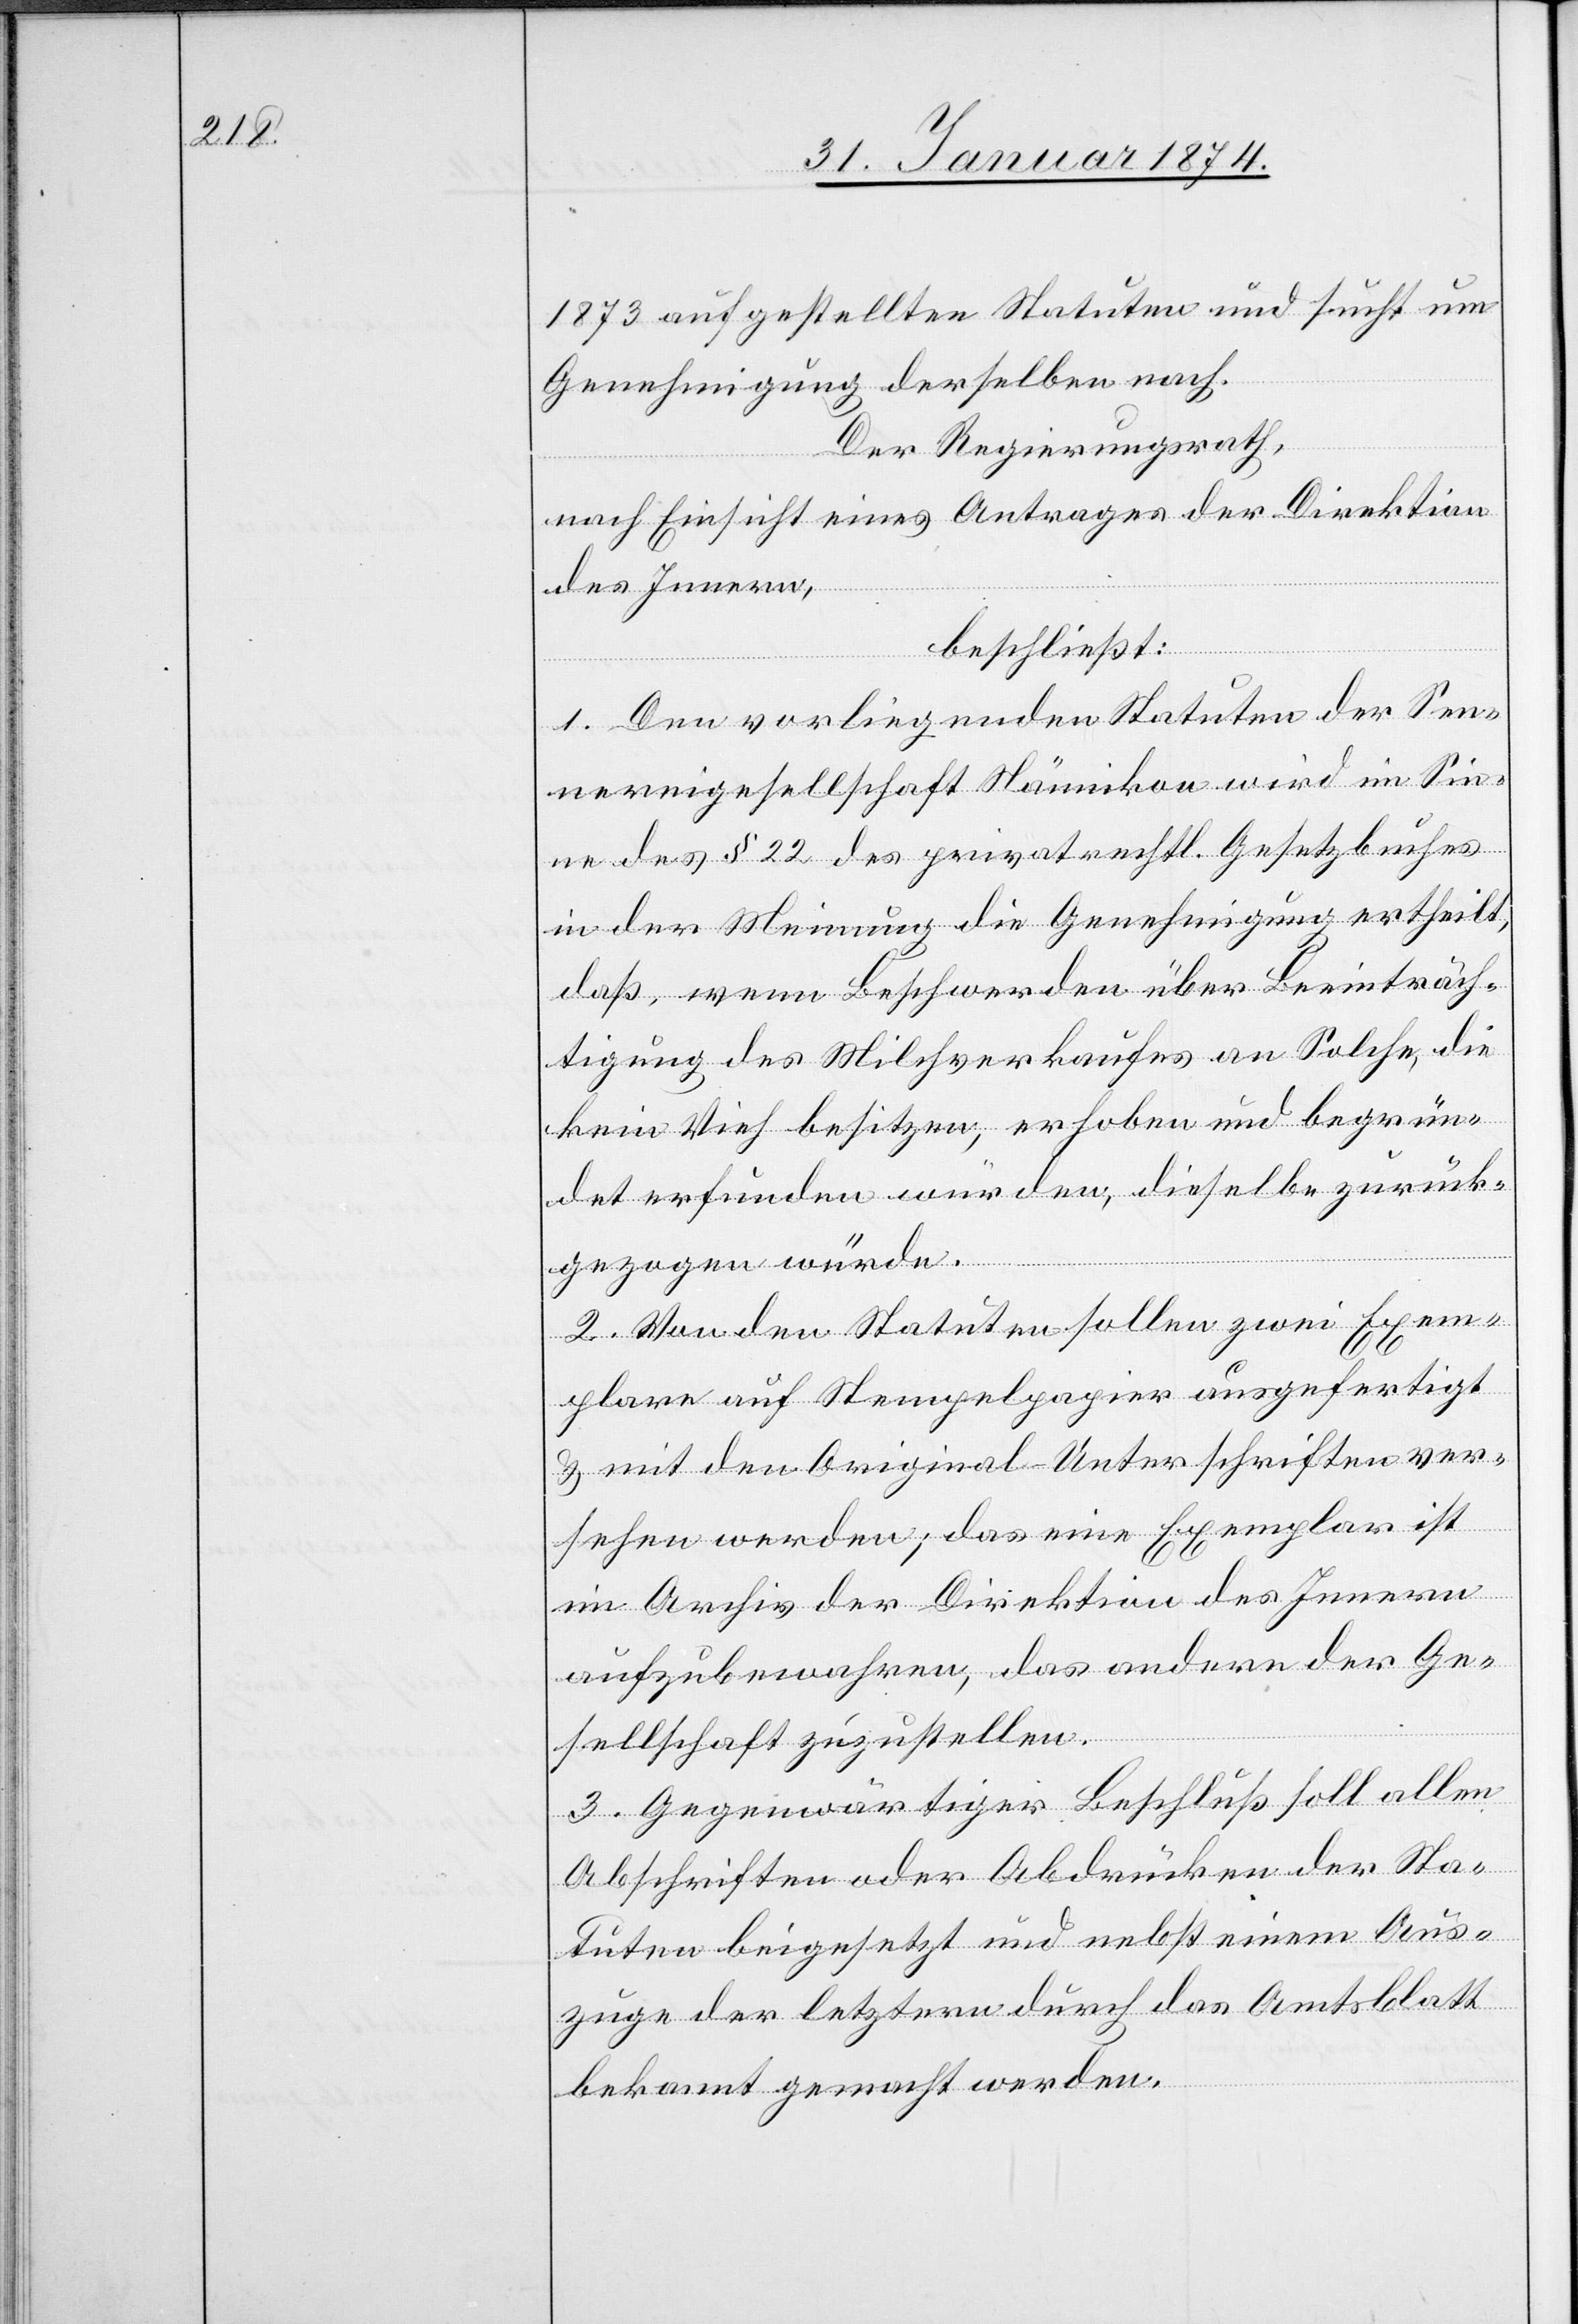
1873 aufgestellten Statuten und sucht um
Genehmigung derselben nach.
Der Regierungsrath,
nach Einsicht eines Antrages der Direktion
des Innern,
beschließt:
1. Den vorliegenden Statuten der Sen¬
nereigesellschaft Nänikon wird im Sin¬
ne des § 22 des privatrechtl. Gesetzbuches
in der Meinung die Genehmigung ertheilt,
daß, wenn Beschwerden über Beeinträch¬
tigung des Milchverkaufes an Solche, die
kein Vieh besitzen, erhoben und begrün¬
det erfunden würden, dieselbe zurück¬
gezogen würde.
2. Von den Statuten sollen zwei Exem¬
plare auf Stempelpapier ausgefertigt
& mit den Original-Unterschriften ver¬
sehen werden; das eine Exemplar ist
im Archiv der Direktion des Innern
aufzubewahren, das andere der Ge¬
sellschaft zuzustellen.
3. Gegenwärtiger Beschluß soll allen
Abschriften oder Abdrucken der Sta¬
tuten beigesetzt und nebst einem Aus¬
zuge der letztern durch das Amtsblatt
bekannt gemacht werden.